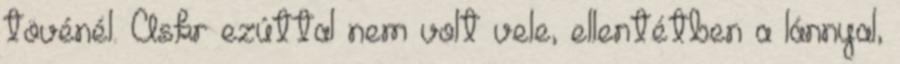
tövénél. Askr ezúttal nem volt vele, ellentétben a lánnyal,